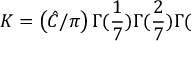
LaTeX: K = \left( \hat { C } / \pi \right) \Gamma ( \frac { 1 } { 7 } ) \Gamma ( \frac { 2 } { 7 } ) \Gamma (